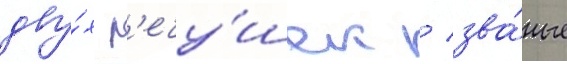
дву́х р'ечу́шек / зва́ные